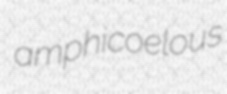
amphicoelous